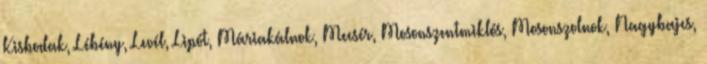
Kisbodak, Lébény, Levél, Lipót, Máriakálnok, Mecsér, Mosonszentmiklós, Mosonszolnok, Nagybajcs,